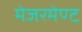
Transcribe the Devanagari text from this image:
मेजरमेण्ट